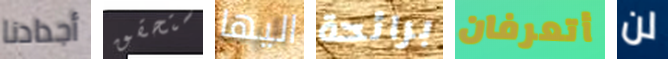
أجدادنا ستحقق اليها برائحة أتعرفان لن